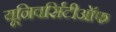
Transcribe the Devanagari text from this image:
यूनिवर्सिटीऑफ